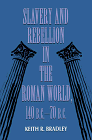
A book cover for Slavery & Rebellion in the Roman World, 140 B.C.-70 B.C.; Keith R. Bradley; History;